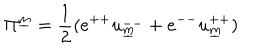
\Pi ^ { \underline { { { m } } } } = { \frac { 1 } { 2 } } ( e ^ { + + } u _ { \underline { { { m } } } } ^ { -- } + e ^ { -- } u _ { \underline { { { m } } } } ^ { + + } )